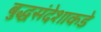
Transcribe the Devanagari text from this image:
बुद्धसंदेशाकडे